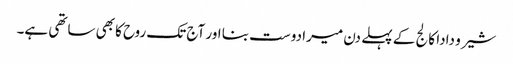
شیرو دادا کالج کے پہلے دن میرا دوست بنا اور آج تک روح کا بھی ساتھی ہے۔